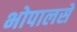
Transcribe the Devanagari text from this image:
भोपालसे